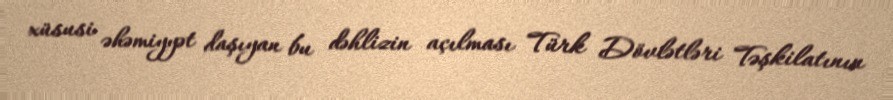
xüsusi əhəmiyyət daşıyan bu dəhlizin açılması Türk Dövlətləri Təşkilatının